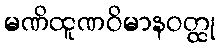
မဏိထူဏဝိမာနဝတ္ထု